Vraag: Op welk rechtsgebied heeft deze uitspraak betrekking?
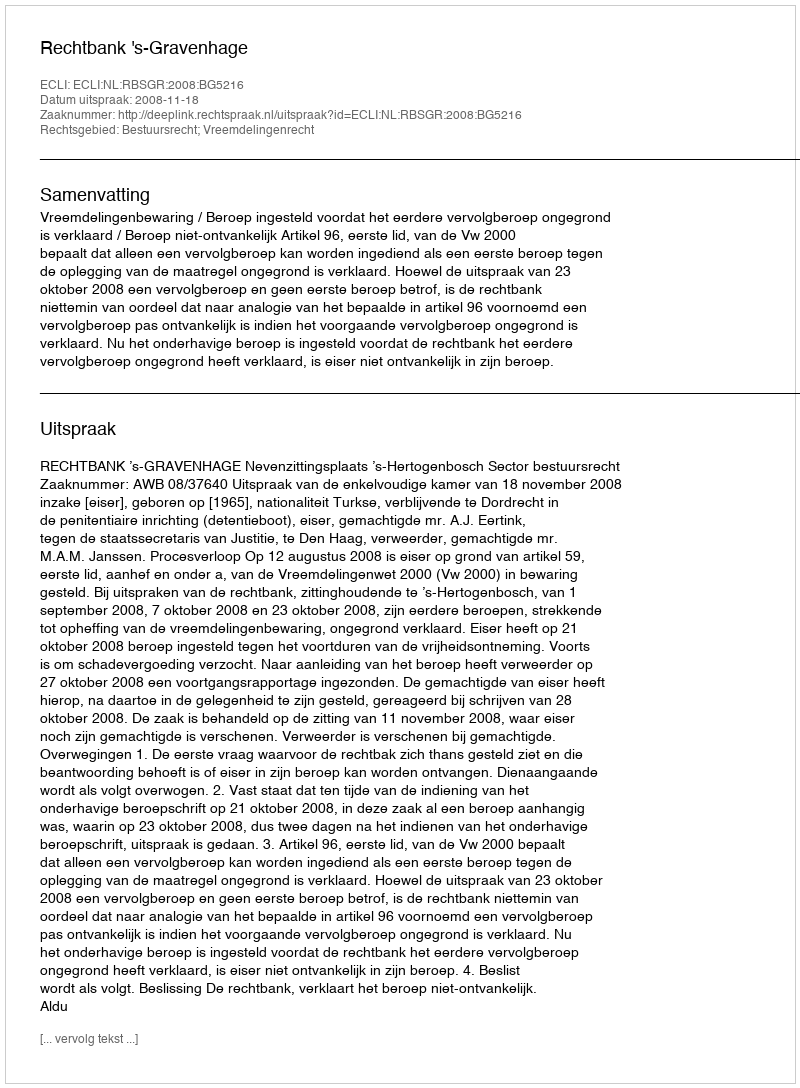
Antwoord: Bestuursrecht; Vreemdelingenrecht